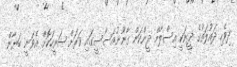
ދިވެހި ދައުލަތުގެ ދީނަކީ އިސްލާމް ދީންކަން ގާނޫނުއަސާސީގައި ވަރަށް ޞަރީހަކޮށް އެވަނީ ބަޔާން